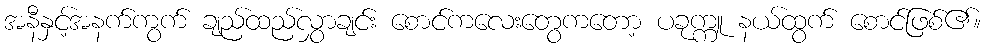
အနီနှင့်အနက်ကွက် ချည်ထည်လွှာချင်း စောင်ကလေးတွေကတော့ ပခုက္ကူ နယ်ထွက် စောင်ဖြစ်၏။